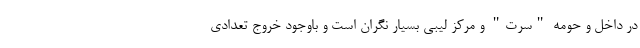
در داخل و حومه "سرت" و مرکز لیبی بسیار نگران است و باوجود خروج تعدادی